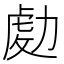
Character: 𠢅